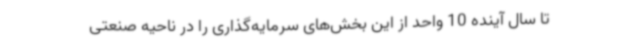
تا سال آینده 10 واحد از این بخش‌های سرمایه‌گذاری را در ناحیه صنعتی